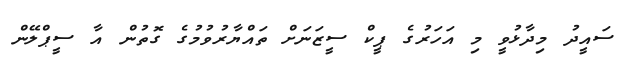
ސައީދު މިދާޅުވީ މި އަހަރުގެ ޕީކް ސީޒަނަށް ތައްޔާރުވުމުގެ ގޮތުން އާ ސީޕްލޭން